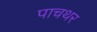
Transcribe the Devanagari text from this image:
पाचथर